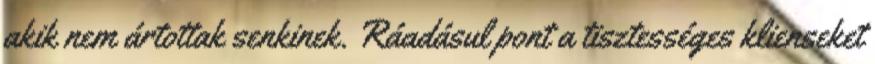
akik nem ártottak senkinek. Ráadásul pont a tisztességes klienseket